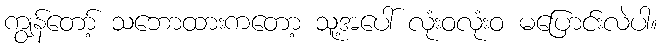
ကျွန်တော့် သဘောထားကတော့ သူ့အပေါ် လုံးဝလုံးဝ မပြောင်းလဲပါ။